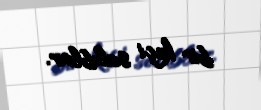
bir keçi salıblar.